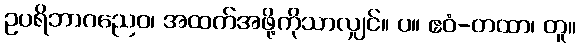
ဥပရိဘာဂညေဝ၊ အထက်အဖို့ကိုသာလျှင်။ ပ။ ဧဝံ-တထာ၊ တူ။